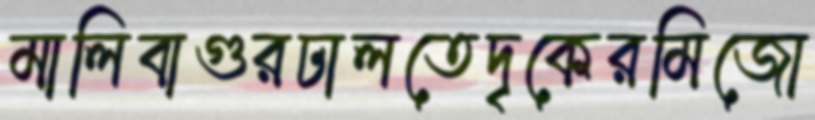
মালিবাগুরঢালতেদৃকেরমিজো